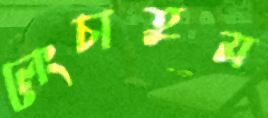
লেংচাতুম